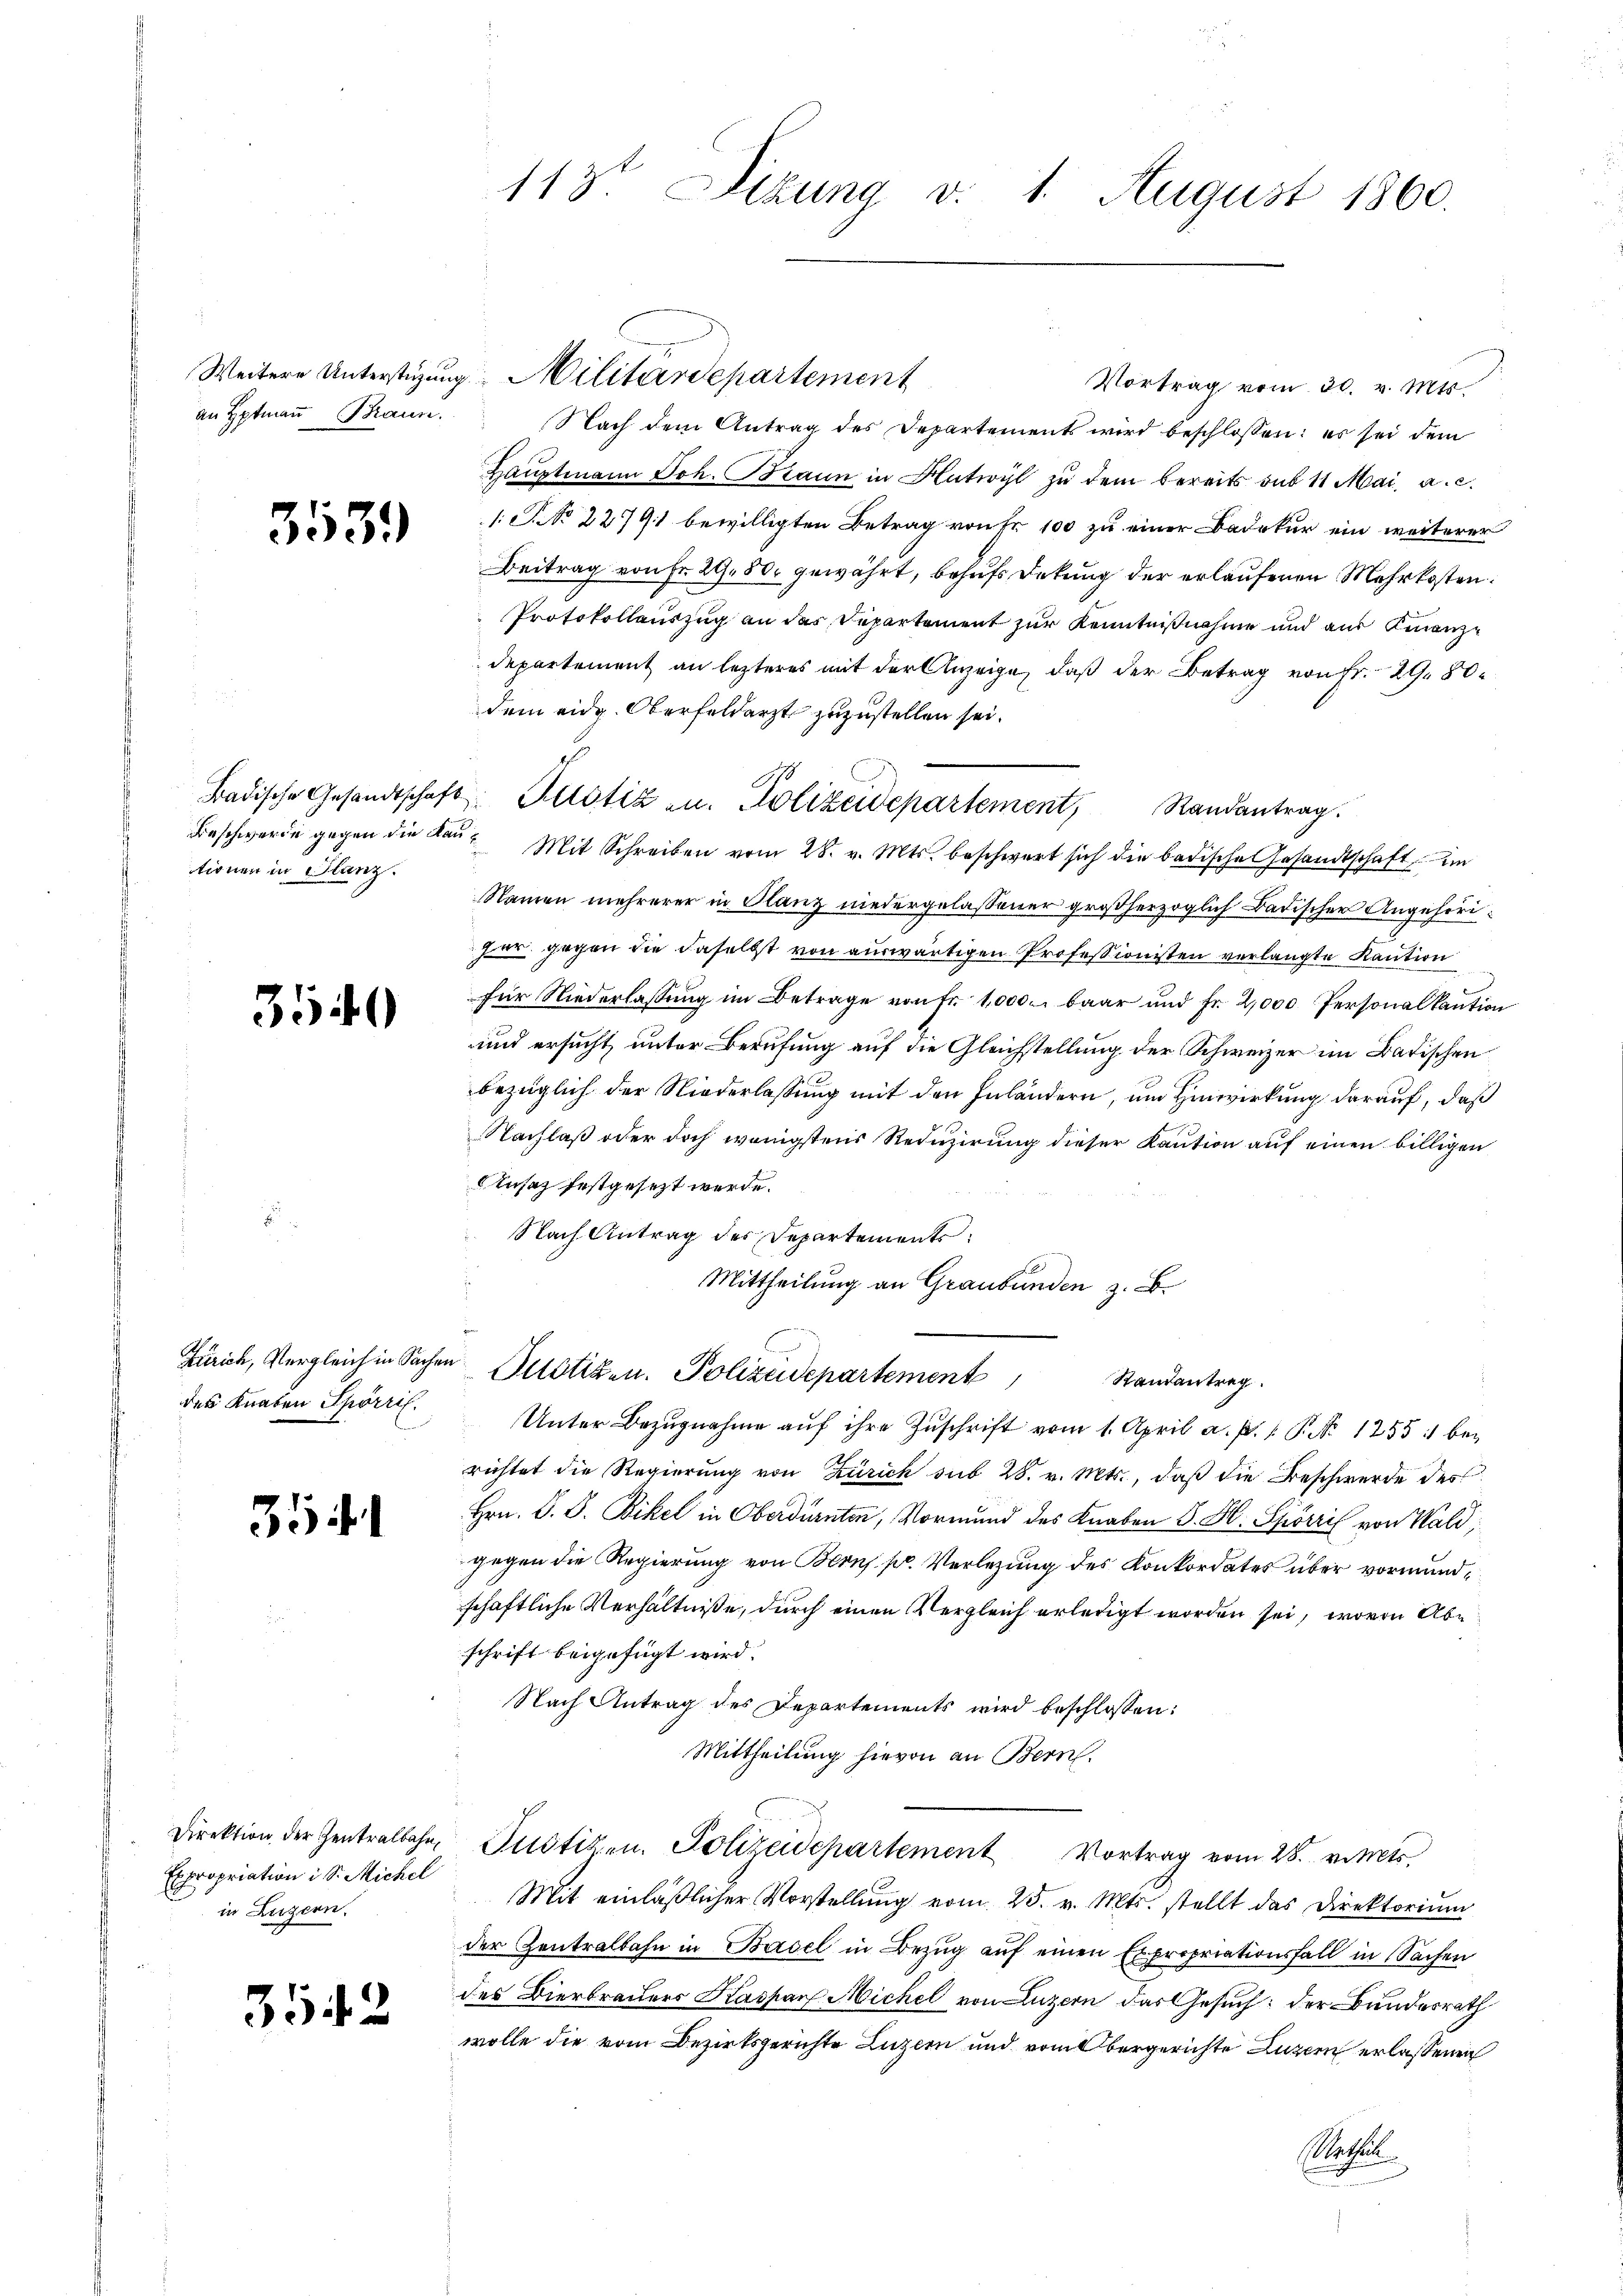
an Hptmann Braun

3539)

tionen in Glanz.

3540

des Knaben Spörril.

35

Expropriation i S. Michel
in Luzern.

3542

113. Situng v. 1. August 1860.

Weitere Unterstüzung Militärdepartement
Vortrag vom 30. v. Mts.
Nach dem Antrag des Departements wird beschlossen: es sei dem
Hauptmann Joh. Braun in Hutwyl zu dem bereits sub 11 Mai, a. c.
1 S. No 22791 bewilligten Betrag von Fr. 100 zu einer Badetur ein weiterer
Beitrag von Fr. 29, 80 gewährt, behufs Dekung der erlaufenen Mehrkosten.
Protokollauszug an das Departement zur Kenntnißnahme und aus Finanzdepartement an lezteres mit der Anzeige, daß der Betrag von Fr. 29. 80
dem eidg. Oberfeldarzt zuzustellen sei.
Beschwerde gegen die Kaŭf Mit Schreiben vom 28. v. Mts. beschwert sich die badische Gesandtschaft im
Namen mehrerer in Glanz niedergelassener großherzoglich Badischer Angehöriheer gegen die daselbst von auswärtigen Professionisten verlangte Kaution
für Niederlassung im Betrage von Fr. 1000 baar und Fr. 2,000 Personalkaution
und ersucht, unter Berufung auf die Gleichstellung der Schweizer im Badischen
bezüglich der Niederlassung mit den Inländern, um Hinwirkung darauf, daß
Nachlaß oder doch wenigstens Reduzierung dieser Kaution auf einen billigen
Ensaz festgesezt werde.
Nach Antrag des Departements,
Mittheilung an Graubünden z. B.
Zürich, Vergleich in Sachen Plötiken. Polizeidepartement andantrag
Unter Bezŭgnahme aŭf ihre Zuschrift vom 1. April a. p. 1. P. Nr. 1255) berichtet die Regierung von Zürich sub 28. v. Mts., daß die Beschwerde des
Hrn. P. G. Bikel in Oberdürnten, Vormund des Knaben S. H. Spörri von Wald,
gegen die Regierung von Berns pr. Verlegung des Konkordates über vormundschaftliche Verhältniße, durch einen Vergleich erledigt worden sei, wovon Abschrift beigefügt wird.
Nach Antrag des Departements wird beschlossen:
Mittheilung hievon an Bern.
Direktion der Zentralbahn, Justizen. Polizeidepartement Vortrag vom 28. v. Mts.
Mit einläßlicher Vorstellung vom 25. v. Mts. stellt das Direktorium
der Zentralbahn in Basel in Bezug auf einen Expropriationsfall in Sachen
des Bierbrachers Kaspar Michel von Luzern das Gesuch: der Bundesrath
wolle die vom Bezirksgerichte Luzern und vom Obergerichte Luzern erlassenen
Rachen

Badische Gesandtschaft Plotiz zu. Polizeidepartement, Randantrag.